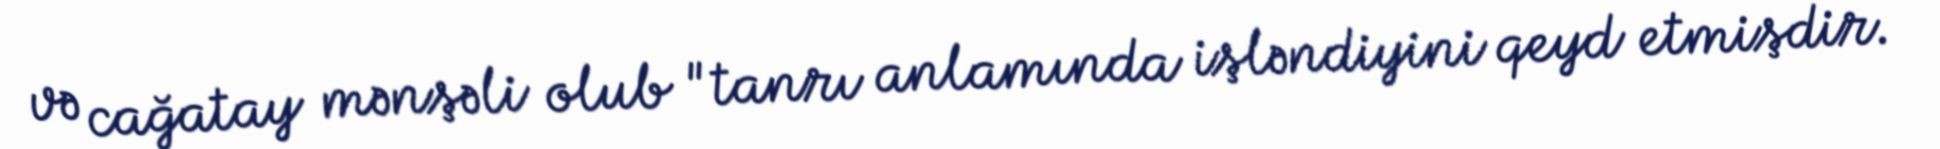
və cağatay mənşəli olub "tanrı anlamında işləndiyini qeyd etmişdir.